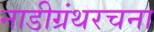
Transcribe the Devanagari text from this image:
नाडीग्रंथरचना